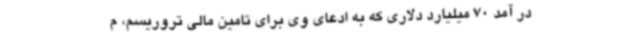
در آمد 70 میلیارد دلاری که به ادعای وی برای تامین مالی تروریسم، م